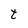
Character: t